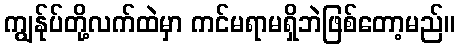
ကျွန်ုပ်တို့လက်ထဲမှာ ကင်မရာမရှိဘဲဖြစ်တော့မည်။